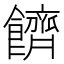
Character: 䭣